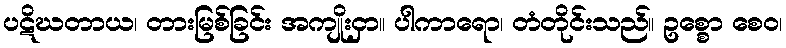
ပဋိဃတာယ၊ တားမြစ်ခြင်း အကျိုးငှာ။ ပါကာရော၊ တံတိုင်းသည်။ ဥစ္စော စေဝ၊